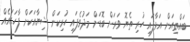
ބައްތިއަށް އަޅާފައި ހުރި ތެޔޮ ވަރަށް ބޮޑަށް މަދުވެފައި ހުރިކަން ޝިޔާއަކަށް ފާހަގައެއް